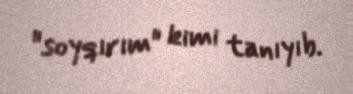
"soyqırım" kimi tanıyıb.